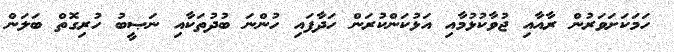
ހަމަކަށަވަރުން ރާއާއި ޖުވާކުޅުމާއި އަޅުކަންކުރަން ހަދާފައި ހުންނަ ބުދުތަކާއި ނަޞީބު ހުރިގޮތް ބަލަން